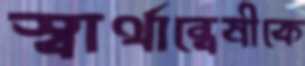
স্বার্থান্বেষীকে